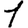
Digit: 1